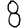
Digit: 8